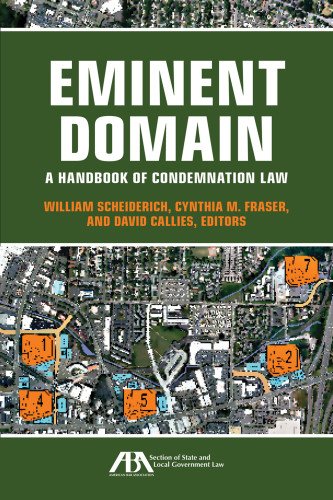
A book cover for Eminent Domain: A Handbook of Condemnation Law; Law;